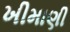
ખીમાણી